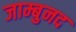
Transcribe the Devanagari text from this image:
जाम्बुनद